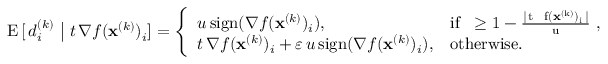
\begin{array} { r } { \mathrm { E } \, [ \, d _ { i } ^ { ( k ) } \ \big \vert \ t \, \nabla f ( \mathbf { x } ^ { ( k ) } ) _ { i } ] = \left\{ \begin{array} { l l } { u \, \mathrm { s i g n } ( \nabla f ( \mathbf { x } ^ { ( k ) } ) _ { i } ) , } & { \mathrm { i f ~ \varepsilon \ge 1 - \frac { \vert \, t \, \nabla ~ f ( \mathbf { x } ^ { ( k ) } ) _ i \, \vert } { u } ~ , } } \\ { t \, \nabla f ( \mathbf { x } ^ { ( k ) } ) _ { i } + \varepsilon \, u \, \mathrm { s i g n } ( \nabla f ( \mathbf { x } ^ { ( k ) } ) _ { i } ) , } & { \mathrm { o t h e r w i s e } . } \end{array} \right. } \end{array}